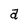
Character: a